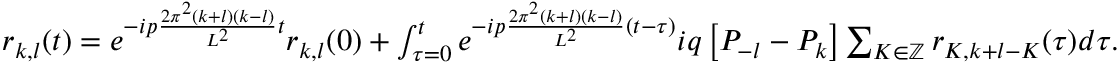
\begin{array} { c } { r _ { k , l } ( t ) = e ^ { - i p \frac { 2 \pi ^ { 2 } ( k + l ) ( k - l ) } { L ^ { 2 } } t } r _ { k , l } ( 0 ) + \int _ { \tau = 0 } ^ { t } e ^ { - i p \frac { 2 \pi ^ { 2 } ( k + l ) ( k - l ) } { L ^ { 2 } } ( t - \tau ) } i q \left[ P _ { - l } - P _ { k } \right] \sum _ { K \in \mathbb { Z } } r _ { K , k + l - K } ( \tau ) d \tau . } \end{array}